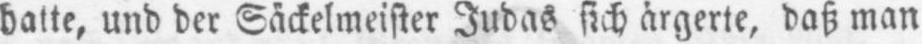
ärgerte, daß man